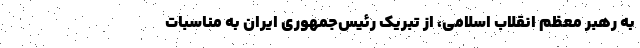
به رهبر معظم انقلاب اسلامی، از تبریک رئیس‌جمهوری ایران به مناسبات